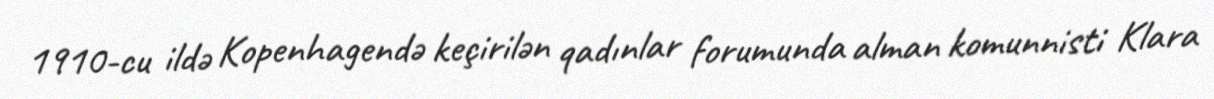
1910-cu ildə Kopenhagendə keçirilən qadınlar forumunda alman komunnisti Klara